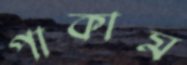
পাকাম